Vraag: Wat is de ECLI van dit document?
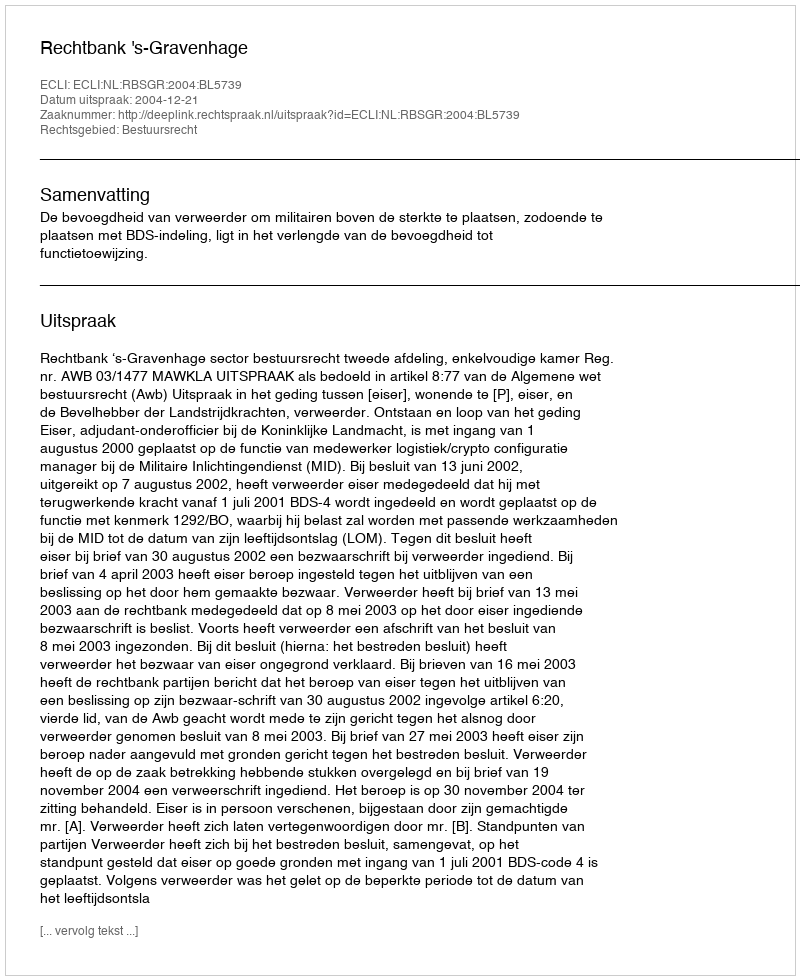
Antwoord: ECLI:NL:RBSGR:2004:BL5739